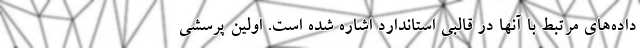
داده‌های مرتبط با آنها در قالبی استاندارد اشاره شده است. اولین پرسشی